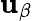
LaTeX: \mathbf{u}_{\beta}